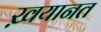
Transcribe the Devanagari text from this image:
ख़यानत